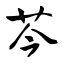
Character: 芩